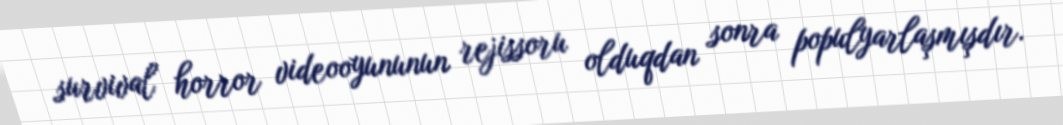
survival horror videooyununun rejissoru olduqdan sonra populyarlaşmışdır.